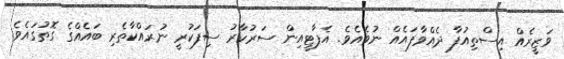
ވަޒީރެއް އިސްތިއުފާ ދެއްވާފައެއް ނުވެއެވެ. އެޕާޓީއިން ސަރުކާރު ސިފަކުރީ ނުރައްކާތެރި ބައެއްގެ ގޮތުގައެވެ.